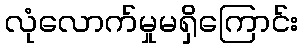
လုံလောက်မှုမရှိကြောင်း